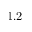
1 . 2